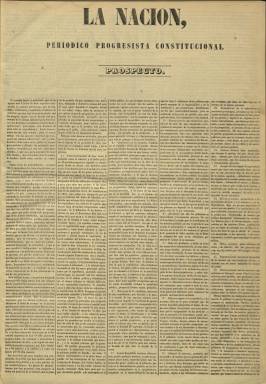
Título: La Nación (Madrid. 1849)
Colección: Periódicos
Ámbito geográfico: Madrid
Lugar de publicación: Madrid
Fechas: 01/05/1849-22/11/1873

Es un diario de largo alcance que nació como “órgano de la fracción derechista del progresismo, surgida como reacción frente al recién nacido partido democrático”, indica Seoane (1983), que al principio estará próximo a los “puritanos” del partido moderado e inspirado por el jurista y político liberal esparterista Manuel Cortina (1802-1876). Aparece por vez primera el uno de mayo de 1840, siendo su primer director Luis Sagastí García Herrero, y su primer editor responsable, Jesualdo Costa. Estampado en imprenta propia, a cargo de José Ferrer, sus números serán de cuatro páginas y compuestos a cinco columnas. Desde el uno de noviembre de 1851, aumentará su formato.

A Sagastí le siguieron en la dirección José Rua Figueroa y Daniel Carballo, y entre sus redactores estuvieron Mariano Castillo, Antonio Flores, Francisco de Paula Montemar, Antonio Romero Ortiz y Joaquín Ruiz Cañavate (Hartzenbusch: 1894).

Su primer subtítulo será “periódico progresista constitucional”. No se publicará desde el 29 de junio al dos de julio de 1854, ni tampoco desde el cinco al catorce de ese mismo mes y año. A partir de entonces su subtítulo será “eco de la revolución de julio”. El número 2.581 y último de esta su primera época corresponderá al uno de noviembre de 1856.

Pascual Madoz (1806-1870) refundará de nuevo el diario, que comenzará a publicarse, con nueva secuencia el dos de mayo de 1864, sin ningún subtítulo (después adoptará el de “diario progresista”), bajo la dirección de Julián Santín de Quevedo (-1883) y estampado en la Imprenta de Estrada, Díaz y López, siendo su primer editor responsable Celestino García.

Tras Santín lo dirigirá el propio Madoz, que le dará un espíritu progresista más templado, y después, Ricardo Molina; hasta publicar su número correspondiente al 21 de junio de 1866, cuando salía de la Imprenta de Faraldo y Pastor, despareciendo víctima, como la demás prensa democrática, de la sublevación anti-isabelina del cuartel madrileño de San Gil el día siguiente.

Se sabe que durante ese año, Santín y Molina, entre otros, publicaban este título como revista quincenal, con el subtítulo “revista hispano-americana”, desconociéndose si era un suplemento del diario, o fue publicada tras el cierre del mismo.

Siguiendo la secuencia numérica de su anterior etapa, el dos de enero de 1868, reaparecerá otra vez el diario La Nación, siendo su director Emilio Nieto y Pérez (1845-1906), que después será el segundo marqués de Guadarlezas; y su administrador, José María Faraldo, en cuya imprenta seguirá estampándose.

Adoptará como subtítulos “diario progresista”, “diario político” y, por último, “diario político y literario de la tarde”. En esta última época fue órgano de la democracia monárquica inspirada por Nicolás María Rivero (185-1878. Fue partidario amadeista y siguió publicándose hasta el primer ensayo republicano, en 1873. A lo largo de su vida, el diario La Nación estuvo dirigido por destacados políticos progresistas, algunos de ellos eminentes jurisconsultos.

Entre los redactores de sus dos últimas épocas se encuentran Augusto Anguita, José Becerra Armesto, Manuel María Flamant, Miguel Jorro, Gabriel Llamas, Ricardo Molina, Eduardo Perié y, especialmente, Benito Pérez Galdós (1843-1920), según indica Hartzenbusch (1894).

Destacan en este diario sus artículos de fondo y gacetillas, y aunque respirara anticlericalismo tendrá también sección religiosa, además de dar cuenta y difundir las actividades propias del Partido Progresista.

Asimismo, a partir del tres de febrero de 1865, comenzará a escribir en sus páginas un entonces joven Galdós, quien será el autor de secciones como Revista de la semana o Revista de Madrid, especie de crónica política, literaria, teatral y social madrileña, que aparecerán insertas en la parte inferior de su primera plana, el lugar que solía ser ocupado por el folletín en la prensa.

El último número de este título en la Biblioteca Nacional de España corresponde al 2.567 (año X), del 22 de noviembre de 1873.

Shoemaker reunió los artículos publicados por Galdós en La Nación, entre 1865 y 1858, en un volumen editado por Ínsula en 1972. También ha estudiado esta actividad galdosiana Cecilio Alonso.